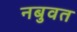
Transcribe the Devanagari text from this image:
नबुवत